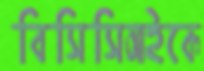
বিসিসিআইকে